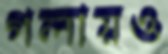
গলায়ও